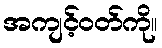
အကျင့်ဝတ်ကို။